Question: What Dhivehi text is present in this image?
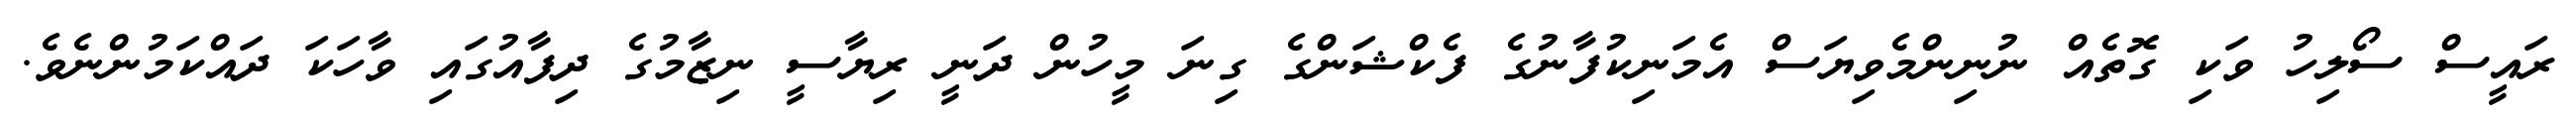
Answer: ރައީސް ސޯލިހު ވަކި ގޮތެއް ނުނިންމެވިޔަސް އެމަނިކުފާނުގެ ފެކްޝަންގެ ގިނަ މީހުން ދަނީ ރިޔާސީ ނިޒާމުގެ ދިފާއުގައި ވާހަކަ ދައްކަމުންނެވެ.